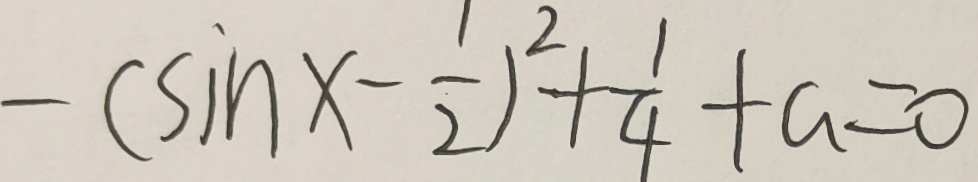
- ( \sin x - \frac { 1 } { 2 } ) ^ { 2 } + \frac { 1 } { 4 } + a = 0